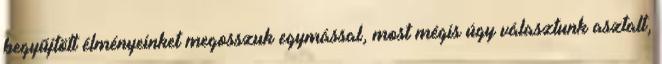
begyűjtött élményeinket megosszuk egymással, most mégis úgy választunk asztalt,